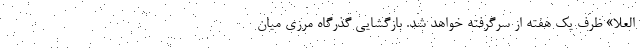
العُلا» ظرف یک هفته از سرگرفته خواهد شد. بازگشایی گذرگاه مرزی میان